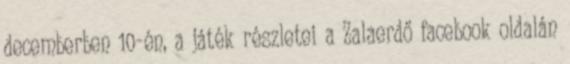
decemberben 10-én, a játék részletei a Zalaerdő facebook oldalán